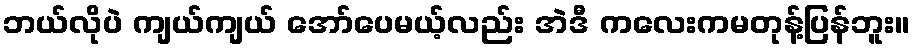
ဘယ်လိုပဲ ကျယ်ကျယ် အော်ပေမယ့်လည်း အဲဒီ ကလေးကမတုန့်ပြန်ဘူး။